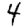
Digit: 4